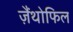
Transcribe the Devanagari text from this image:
ज़ैंथोफिल